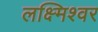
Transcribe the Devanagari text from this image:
लक्ष्मिश्वर